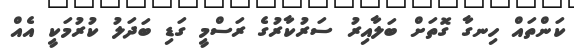
ކަންތައް ހިނގާ ގޮތަށް ބަލާއިރު ސަރުކާރުގެ ރަސްމީ ގަޑި ބަދަލު ކުރުމަކީ އެއް